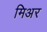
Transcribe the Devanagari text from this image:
मिअर